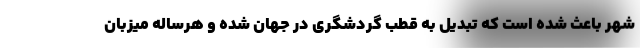
شهر باعث شده است که تبدیل به قطب گردشگری در جهان شده و هرساله میزبان